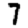
Digit: 7